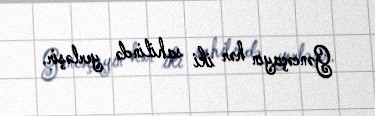
Gəncəçayın hər iki sahilində yerləşir.